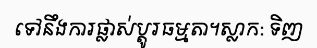
ទៅនឹងការផ្លាស់ប្តូរធម្មតា។ស្លាក: ទិញ